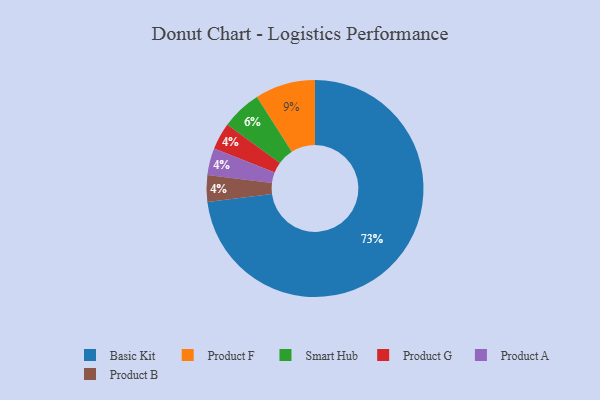
{"axis": {"x": "Category", "y": "Percentage"}, "legend": ["Basic Kit", "Product A", "Product B", "Product F", "Product G", "Smart Hub"], "data": [{"x": "Product G", "y": 4, "type": "Product G"}, {"x": "Product A", "y": 4, "type": "Product A"}, {"x": "Product F", "y": 9, "type": "Product F"}, {"x": "Basic Kit", "y": 73, "type": "Basic Kit"}, {"x": "Product B", "y": 4, "type": "Product B"}, {"x": "Smart Hub", "y": 6, "type": "Smart Hub"}]}